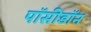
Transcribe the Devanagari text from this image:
पॉसीडॉन